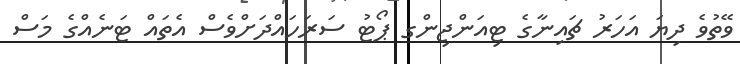
ވޭތުވެ ދިޔަ އަހަރު ޗައިނާގެ ޓިއަންޖިންގ ޕޯޓު ސަރަހައްދަށްވެސް އެތައް ޓަނެއްގެ މަސް